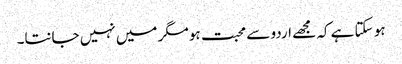
ہو سکتا ہے کہ مجھے اردو سے محبت ہو مگر میں نہیں جانتا۔